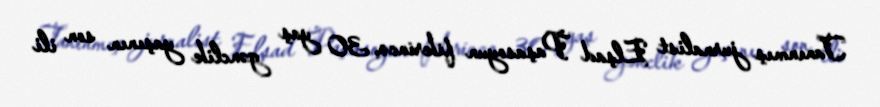
Tanınmış jurnalist Elşad Paşasoyun fikrincə, 30 yaş gənclik yaşının son ili